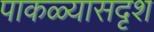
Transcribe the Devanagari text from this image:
पाकळ्यासदृश